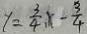
y = \frac { 3 } { 4 } , x - \frac { 3 } { 4 }